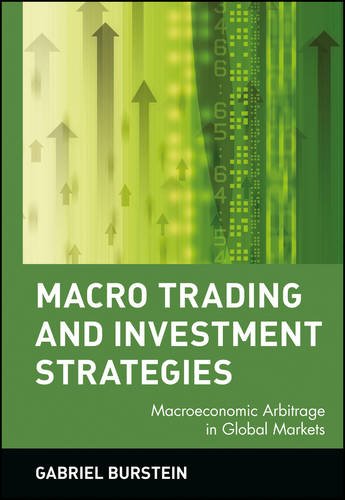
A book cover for Macro Trading & Investment Strategies : Macroeconomic Arbitrage in Global Markets (Wiley Trading Advantage Series); Gabriel Burstein; Business & Money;